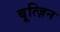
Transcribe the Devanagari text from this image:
बूत्ज़िन